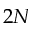
2 N